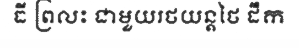
ធី ព្រលះ ជាមួយរថយន្តថៃ ដឹក